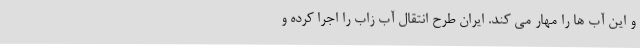
و این آب ها را مهار می کند. ایران طرح انتقال آب زاب را اجرا کرده و